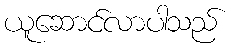
ယူဆောင်လာပါသည်